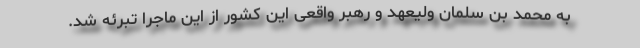
به محمد بن سلمان ولیعهد و رهبر واقعی این کشور از این ماجرا تبرئه شد.